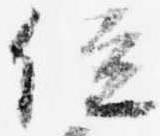
位